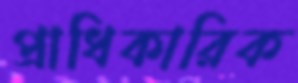
প্রাধিকারিক